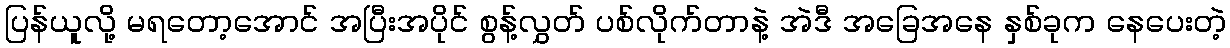
ပြန်ယူလို့ မရတော့အောင် အပြီးအပိုင် စွန့်လွှတ် ပစ်လိုက်တာနဲ့ အဲဒီ အခြေအနေ နှစ်ခုက နေပေးတဲ့